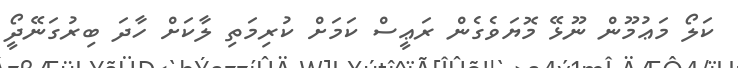
ކަލޯ މަޢުމޫން ނޫޅޭ މޮޔަވެގެން ރަޢީސް ކަމަށް ކުރިމަތި ލާކަށް ހާދަ ބިރުގަނޭދީޯ